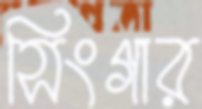
সিংগার